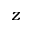
z